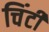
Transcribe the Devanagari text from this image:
चिंटी